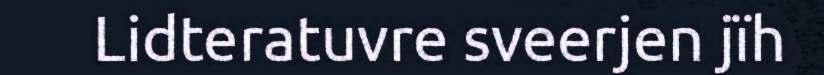
Lidteratuvre sveerjen jïh